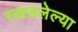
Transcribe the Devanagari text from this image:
रखडलेल्या